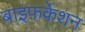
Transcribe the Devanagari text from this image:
बाइफ़र्केशन